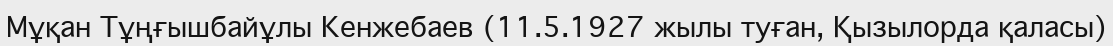
Мұқан Тұңғышбайұлы Кенжебаев (11.5.1927 жылы туған, Қызылорда қаласы)